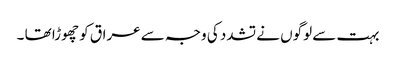
بہت سے لوگوں نے تشدد کی وجہ سے عراق کو چھوڑا تھا ۔